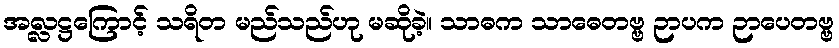
အလ္လဋ္ဌကြောင့် သရိတ မည်သည်ဟု မဆိုခဲ့။ သာဓက သာဓေတဗ္ဗ ဉာပက ဉာပေတဗ္ဗ